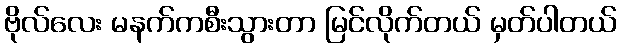
ဗိုလ်လေး မနက်ကစီးသွားတာ မြင်လိုက်တယ် မှတ်ပါတယ်